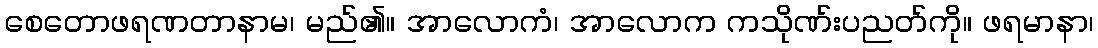
စေတောဖရဏတာနာမ၊ မည်၏။ အာလောကံ၊ အာလောက ကသိုဏ်းပညတ်ကို။ ဖရမာနာ၊